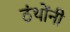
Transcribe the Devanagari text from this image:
ठंथोंनी